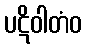
ပဋိဝါတံဝ